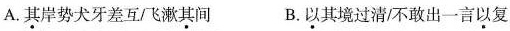
A.其岸势犬牙差互飞漱其间 B.以其境过清/不敢出一言以复